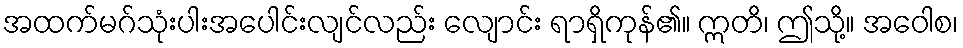
အထက်မဂ်သုံးပါးအပေါင်းလျင်လည်း လျောင်း ရာရှိကုန်၏။ ဣတိ၊ ဤသို့။ အဝေါစ၊